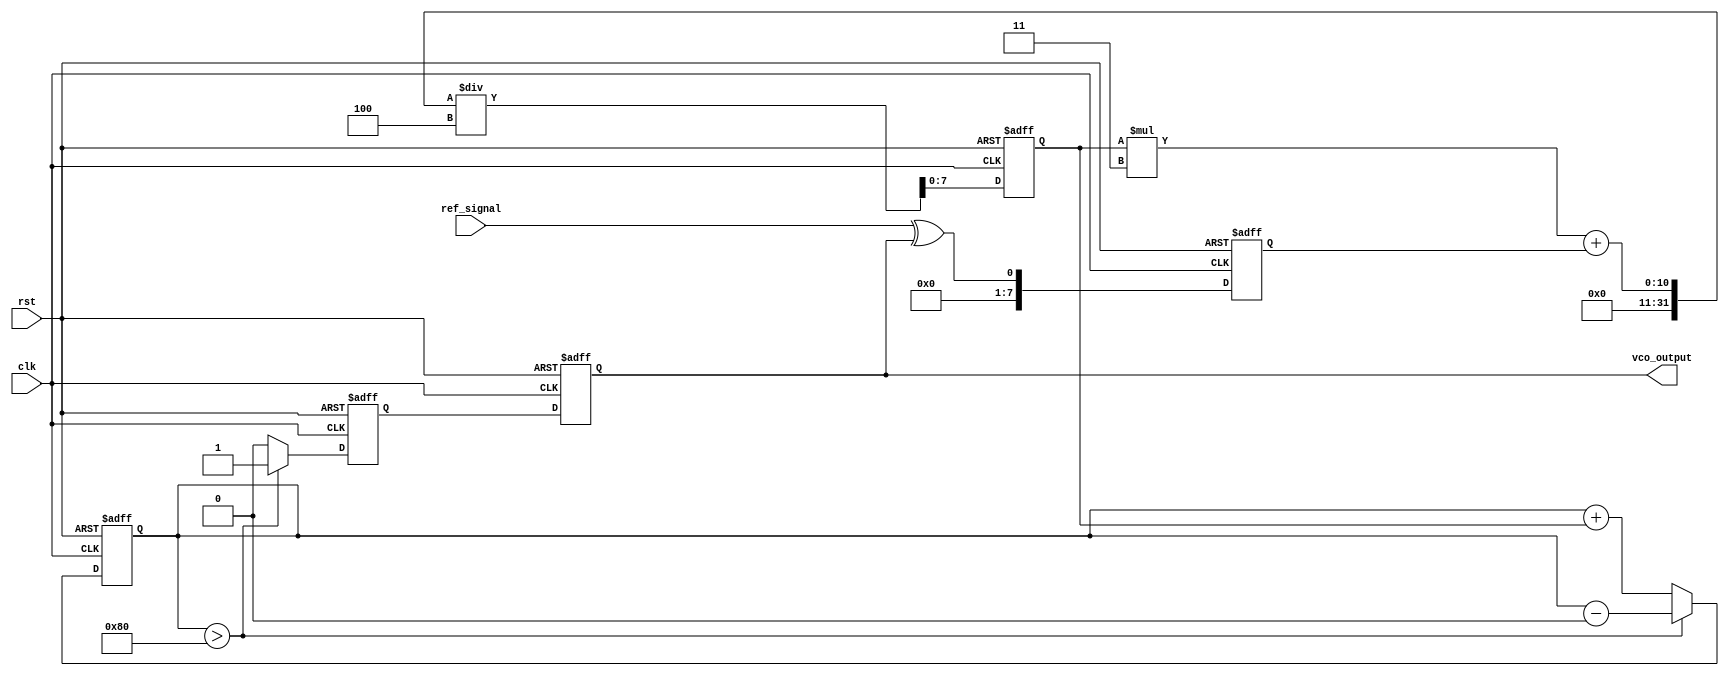
module sigma_delta_pll (
    input wire clk,                // System clock
    input wire rst,                // Reset signal
    input wire ref_signal,         // Reference input signal
    output wire vco_output         // Output of the VCO
);

    // Parameters
    parameter N = 8;               // Order of the Sigma-Delta modulator
    parameter DAC_RESOLUTION = 8;  // DAC resolution
    parameter LPF_COEFF = 4;       // Low-pass filter coefficient

    // Internal signals
    reg [N-1:0] phase_error;       // Phase error signal
    reg [N-1:0] filtered_signal;    // Filtered signal
    reg [DAC_RESOLUTION-1:0] dac_out; // DAC output
    reg vco_control;                // VCO control signal
    wire vco_feedback;              // Feedback from VCO

    // Phase Detector
    always @(posedge clk or posedge rst) begin
        if (rst) begin
            phase_error <= 0;
        end else begin
            // Simple phase detector logic (XOR for demonstration)
            phase_error <= ref_signal ^ vco_feedback;
        end
    end

    // Low-Pass Filter (Simple moving average)
    always @(posedge clk or posedge rst) begin
        if (rst) begin
            filtered_signal <= 0;
        end else begin
            filtered_signal <= (filtered_signal * (LPF_COEFF - 1) + phase_error) / LPF_COEFF;
        end
    end

    // Sigma-Delta Modulator
    reg [N-1:0] integrator;
    always @(posedge clk or posedge rst) begin
        if (rst) begin
            integrator <= 0;
            dac_out <= 0;
        end else begin
            integrator <= integrator + filtered_signal;
            // 1-bit output based on integrator value
            if (integrator > (1 << (N-1))) begin
                dac_out <= 1;
                integrator <= integrator - (1 << N); // Feedback
            end else begin
                dac_out <= 0;
            end
        end
    end

    // Digital-to-Analog Converter (DAC)
    // For simplicity, we will assume a simple DAC that outputs the same value as the digital input
    wire analog_output = dac_out; // Convert digital to analog

    // Voltage-Controlled Oscillator (VCO)
    // The VCO output frequency is controlled by the analog output
    always @(posedge clk or posedge rst) begin
        if (rst) begin
            vco_control <= 0;
        end else begin
            // Simple VCO behavior; for demonstration, we toggle based on control signal
            vco_control <= analog_output; // Control signal to VCO
        end
    end

    // Feedback loop (for demonstration, we assume vco_output is a simple toggle)
    assign vco_feedback = vco_control; // Feedback from VCO
    assign vco_output = vco_control;    // Output of the VCO

endmodule